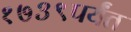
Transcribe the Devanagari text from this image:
१७३९पर्यंत